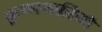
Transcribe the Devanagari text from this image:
कृष्णभक्तीची